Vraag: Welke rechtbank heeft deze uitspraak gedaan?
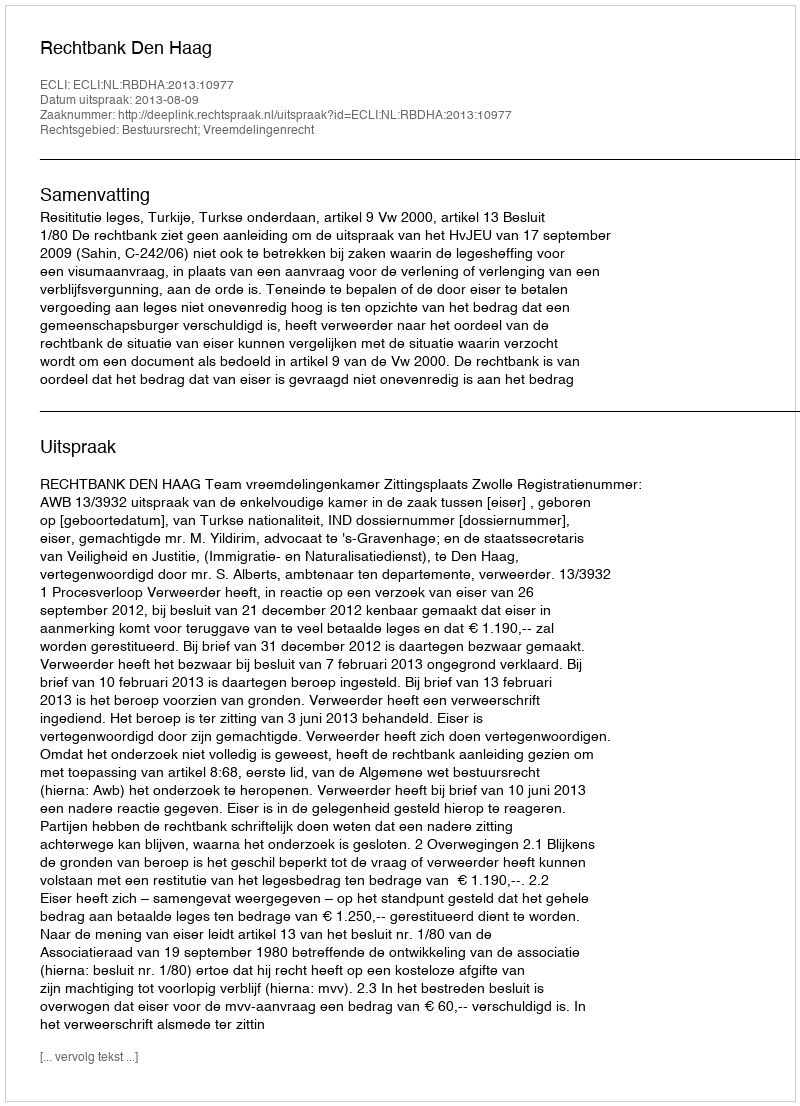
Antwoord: Rechtbank Den Haag